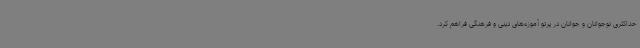
حداکثری نوجوانان و جوانان در پرتو آموزه‌های دینی و فرهنگی فراهم کرد.